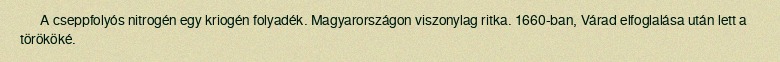
A cseppfolyós nitrogén egy kriogén folyadék. Magyarországon viszonylag ritka. 1660-ban, Várad elfoglalása után lett a törököké.